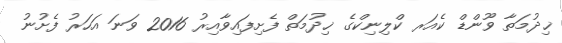
ޚިދުމަތާ ވޫންޑް ކެއަރ ކްލިނިކްގެ ޚިދުމަތް ފެށިފައިވާއިރު 2016 ވަނަ އަހަރު ފެށުނު